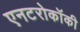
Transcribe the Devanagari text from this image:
एनटरोकॉकी